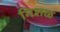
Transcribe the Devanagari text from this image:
मिशळ